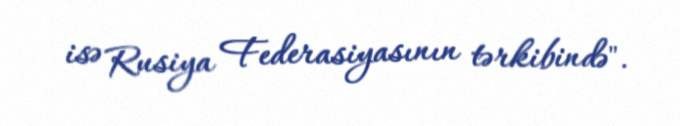
isə Rusiya Federasiyasının tərkibində".